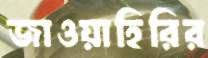
জাওয়াহিরির